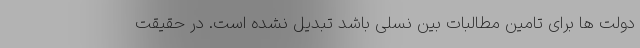
دولت ها برای تامین مطالبات بین نسلی باشد تبدیل نشده است. در حقیقت